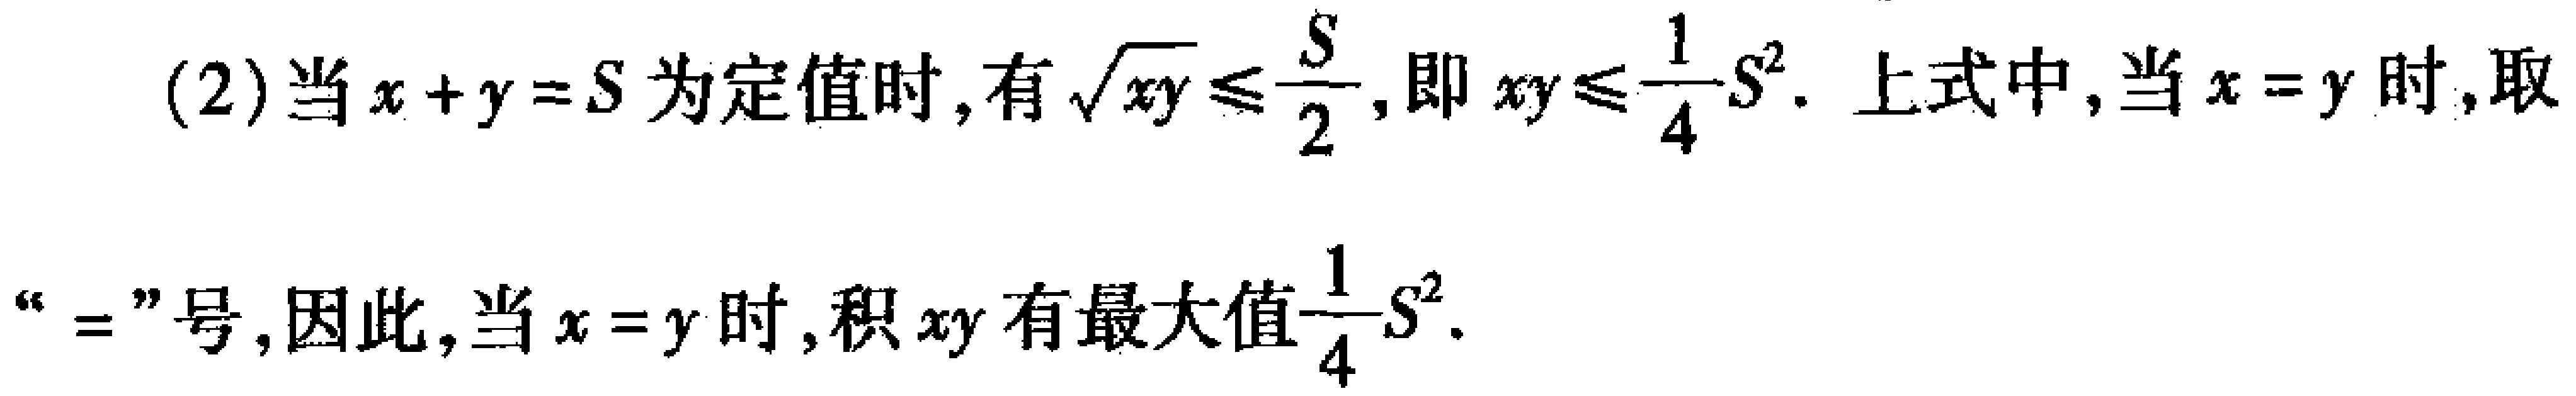
(2) 当\(x + y = S\)为定值时，有\(\sqrt{xy}\leq\frac{S}{2}\)，即\(xy\leq\frac{1}{4}S^{2}\). 上式中，当\(x = y\)时，取“\(=\)”号，因此，当\(x = y\)时，积\(xy\)有最大值\(\frac{1}{4}S^{2}\).